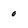
Character: 0